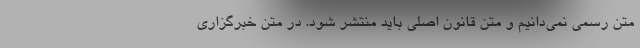
متن رسمی نمی‌دانیم و متن قانون اصلی باید منتشر شود. در متن خبرگزاری